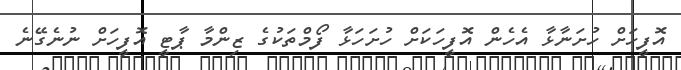
އޮފީހަށް ހުށަނާޅާ އެހެން އޮފީހަކަށް ހުށަހަޅާ ފޯމްތަކުގެ ޒިންމާ ޕާޓީ އޮފީހަށް ނުނެގޭނެ